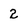
Character: 2